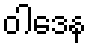
ဝါဒေန